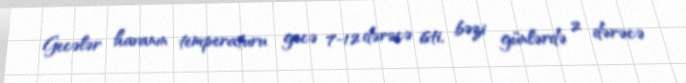
Gecələr havanın temperaturu gecə 7-12 dərəcə isti, bəzi günlərdə 2 dərəcə